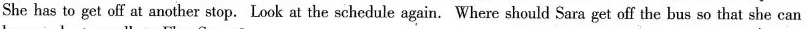
She has to get off at another stop.Look at the schedule again. Where should Sara get off the bus so that she can